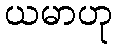
ယမာဟု